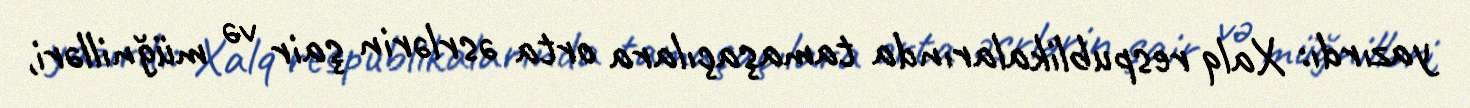
yazırdı: Xalq respublikalarında tamaşaçılara orta əsrlərin şair və müğnilləri,